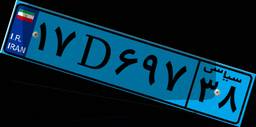
۱۷D۶۹۷۳۸